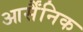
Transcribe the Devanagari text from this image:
आर्सैंनिक